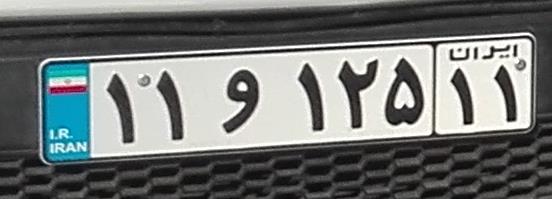
۱۱و۱۲۵۱۱